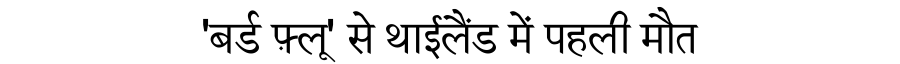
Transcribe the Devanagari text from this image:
'बर्ड फ़्लू' से थाईलैंड में पहली मौत